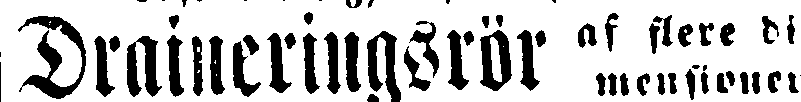
Draineringsrör af flere dimensionen